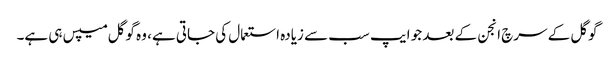
گوگل کے سرچ انجن کے بعد جو ایپ سب سے زیادہ استعمال کی جاتی ہے، وہ گوگل میپس ہی ہے۔